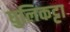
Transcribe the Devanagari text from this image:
धुलिकट्टा